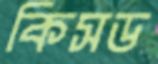
কিসড